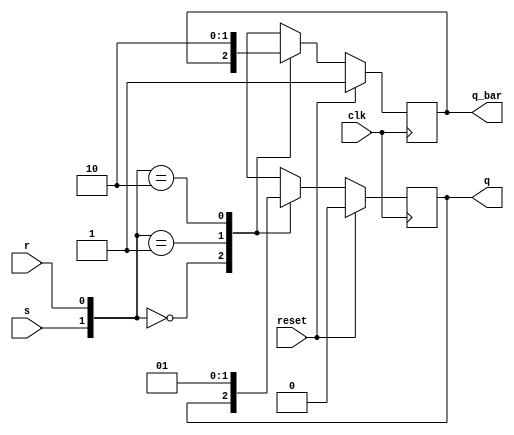

module SR_ff(s,r,clk,reset,q,q_bar);

input s,r,clk,reset;

output q,q_bar;

wire s,r,clk;
reg q,q_bar;


always @(posedge clk) begin

if (reset) begin
q=1'b0;
q_bar=1'b1;

end else begin

case({s,r})
{1'b0,1'b0}: begin q=q;q_bar=q_bar; end
{1'b0,1'b1}: begin q=1'b0;q_bar=1'b1; end
{1'b1,1'b0}: begin q=1'b1;q_bar=1'b0; end
{1'b1,1'b1}: begin q=1'bx; q_bar=1'bx; end
endcase

end

end
endmodule